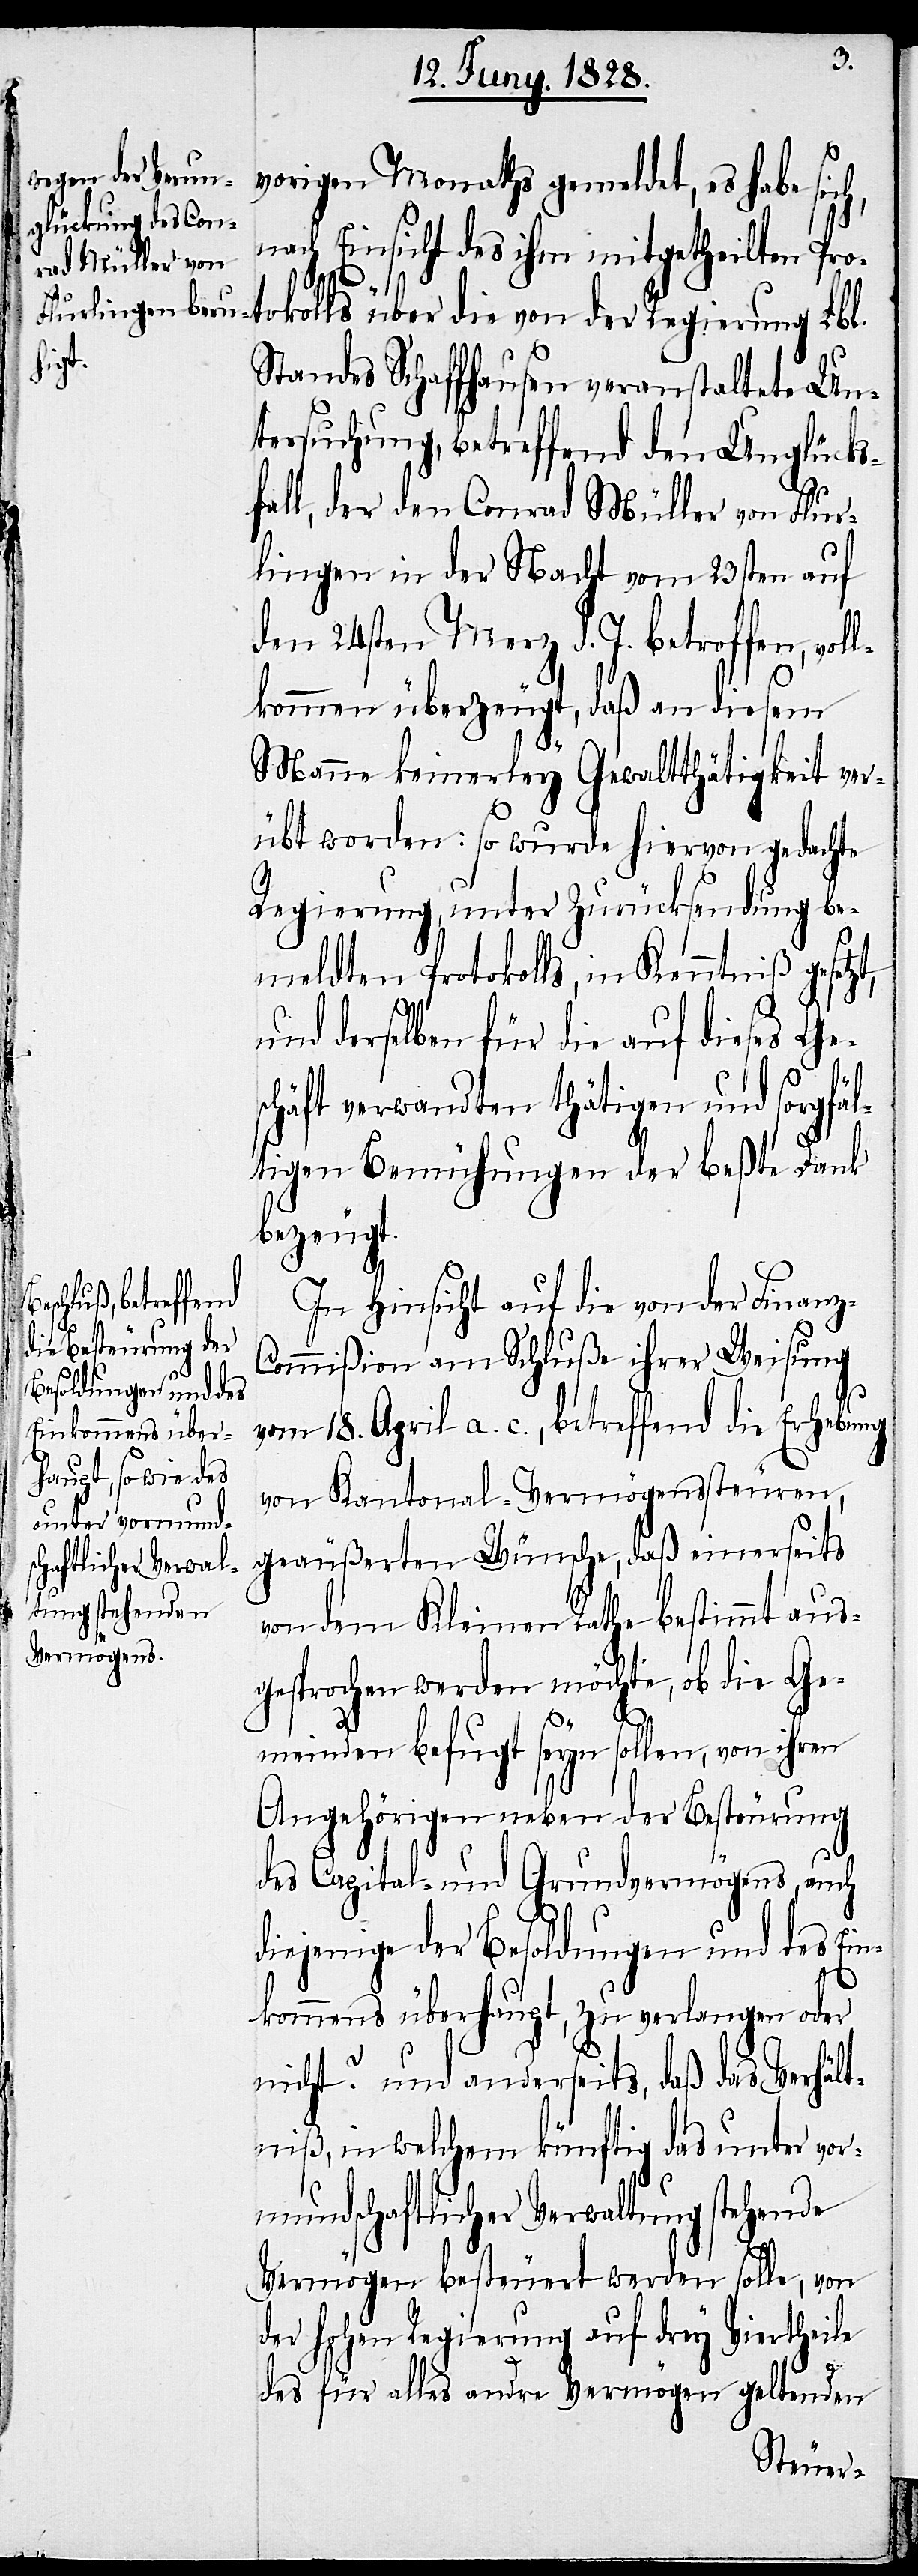
vorigen Monaths gemeldet, es habe
ch,
nach Einsicht des ihm mitgetheilten
Pro¬
tokolls über die von der Regierung Lbl.
Standes Schaffhausen veranstaltete Un¬
tersuchung, betreffend den Unglücks¬
fall, der den Conrad Müller von Flur¬
lingen in der Nacht vom 23sten auf
den 24sten Merz d. J. betroffen, vol¬
lkommen überzeugt, daß an diesem
Manne keinerley Gewaltthätigkeit ver¬
übt worden: so wurde hiervon gedachte
Regierung, unter Zurücksendung be¬
meldten Protokolls, in Kenntniß gesetz¬
t,
und derselben für die auf dieses Ge¬
schäft verwandten thätigen und sorgfäl¬
tigen Bemühungen der beßte Dank
bezeugt.
In Hinsicht auf die von der Finanz-C¬
ommißion am Schluße ihrer Weisung
vom 18. April a. c., betreffend die Erhebung
von Kantonal-Vermögenssteuren,
geäußerten Wünsche, daß einerseits
von dem Kleinen Rathe bestimmt aus¬
gesprochen werden möchte, ob die Ge¬
meinden befugt seyn sollen, von ihren
Angehörigen neben der Besteuerung
des Capital- und Grundvermögens, auch
diejenige der Besoldungen und des Ein¬
kommens überhaupt, zu verlangen oder
nicht? und anderseits, daß das Verhält¬
niß, in welchem künftig das unter vor¬
mundschaftlicher Verwaltung stehende
Vermögen besteuert werden solle, von
der hohen Regierung auf drey Viertheile
des für alles andre Vermögen geltenden